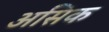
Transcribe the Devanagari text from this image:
असिक